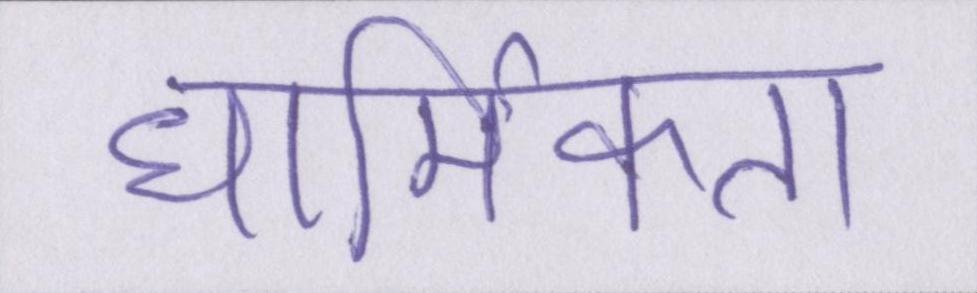
धार्मिकता